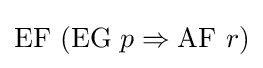
{\mbox{EF }}({\mbox{EG }}p\Rightarrow {\mbox{AF }}r)